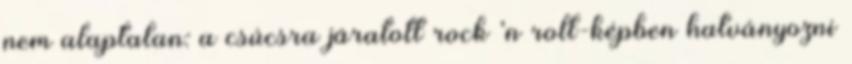
nem alaptalan: a csúcsra járatott rock 'n roll-képben hatványozni